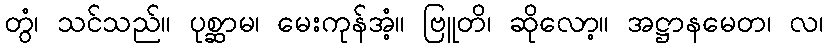
တွံ၊ သင်သည်။ ပုစ္ဆာမ၊ မေးကုန်အံ့။ ဗြူတိ၊ ဆိုလော့။ အဋ္ဌာနမေတ၊ လ၊